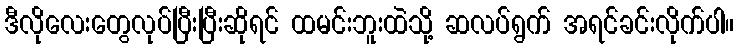
ဒီလိုလေးတွေလုပ်ပြီးပြီးဆိုရင် ထမင်းဘူးထဲသို့ ဆလပ်ရွက် အရင်ခင်းလိုက်ပါ။